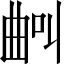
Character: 𣌺